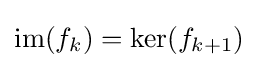
\mathrm {im} (f_{k})=\mathrm {ker} (f_{k+1})